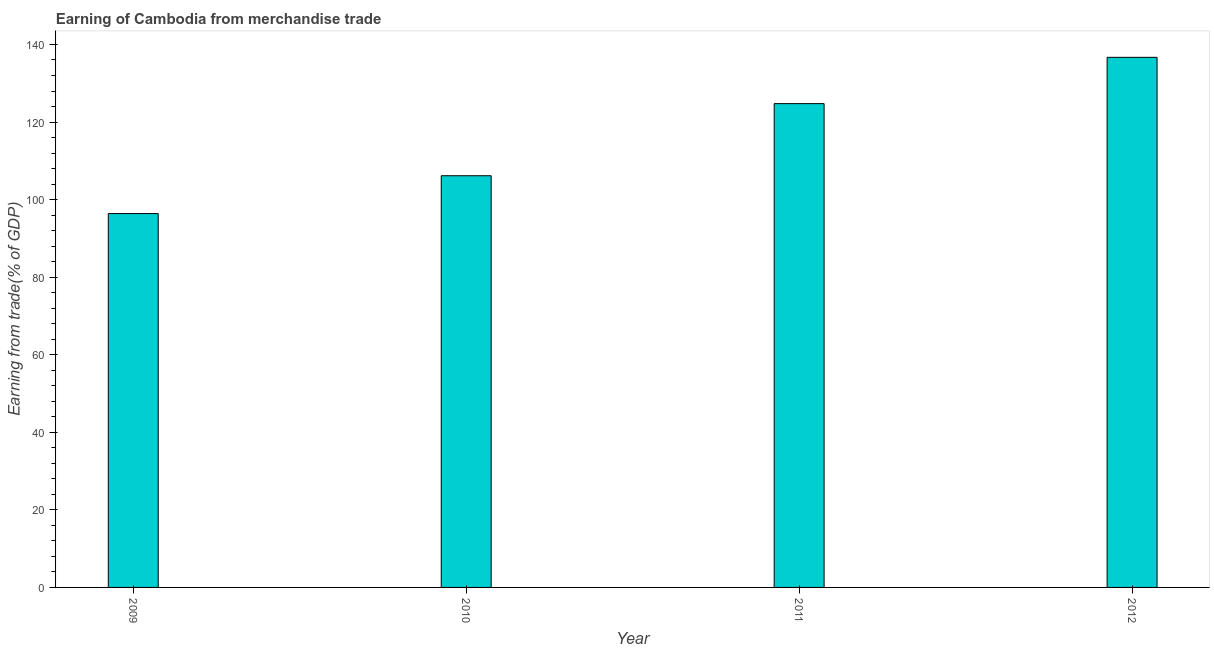
| Year | Merchandise trade |
 | --- | --- |
 | 2009 | 96.4 |
 | 2010 | 106 |
 | 2011 | 125 |
 | 2012 | 137 |